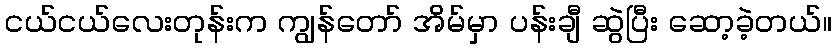
ငယ်ငယ်လေးတုန်းက ကျွန်တော် အိမ်မှာ ပန်းချီ ဆွဲပြီး ဆော့ခဲ့တယ်။